Calcutta medical institutions reports 1871-78
Year: 1871
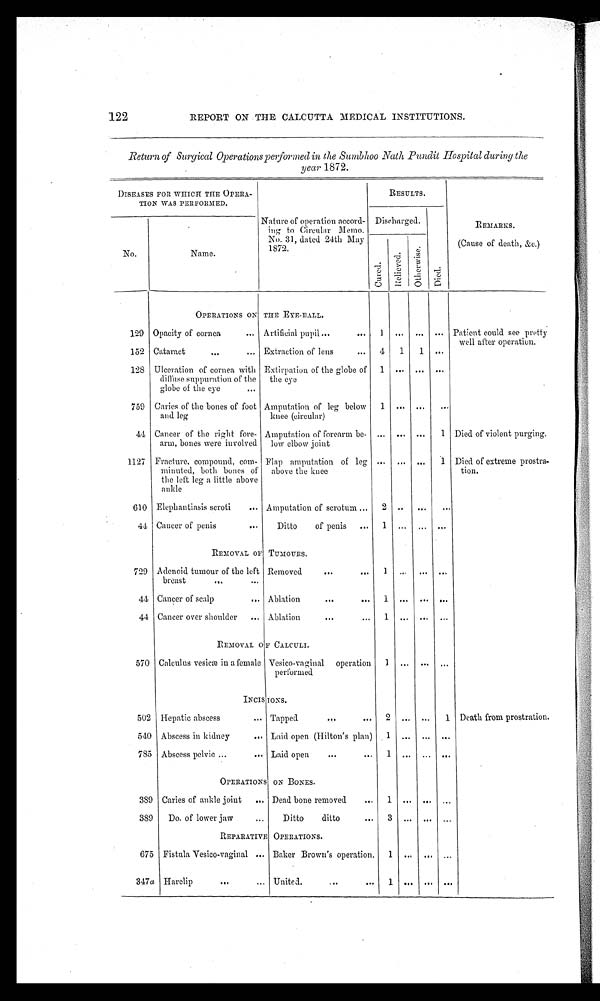
122 REPORT ON THE CALCUTTA MEDICAL INSTITUTIONS.
Return of Surgical Operations performed in the Sumbhoo Nath Pundit Hospital during the
year 1872.
DISEASES FOR WHICH THE OPERA-
TION WAS PERFORMED.
Nature of operation accord-
ing to Circular Memo.
No. 31, dated 24th May
1872.
RESULTS.
REMARKS.
(Cause of death, &c.)
No.
Name.
Discharged.
C u r e d .
Rel i eved.
O t h e r w i s e .
Di ed.
OPERATIONS ON THE EYE-BALL.
129 Opacity of cornea
Artificial pupil
1 ... ... ... Patient could see pretty
well after operation.
152 Cataract
Extraction of lens
4 1
1
. . .
128 Ulceration of cornea with
diffuse suppuration of the
globe of the eye
Extirpation of the globe of
the eye
1
. . . ... ...
759 Caries of the bones of foot
and leg
Amputation of leg below
knee (circular)
1 ... ...
. . .
44 Cancer of the right fore-
arm, bones were involved
Amputation of forearm be-
low elbow joint
... ... ...
1 Died of violent purging.
1127 Fracture, compound, com-
minuted, both bones of
the left leg a little above
ankle
Flap amputation of leg
above the knee
... ...
. . . 1 Died of extreme prostra-
tion.
610 Elephantiasis scroti
Amputation of scrotum
2
. . .
. . . ...
44 Cancer of penis
Ditto of penis
1 ... ... ...
REMOVAL OF TUMOURS.
729 Adenoid tumour of the left
breast
Removed
1
. . .
. . .
. . .
44 Cancer of scalp
Ablation
1
. . .
. . .
. . .
44 Cancer over shoulder
Ablation
1
. . .
. . .
. . .
REMOVAL OF CALCULI
570 Calculus vesicæ in a female Vesico-vaginal operation
performed
1 ...
. . . ...
INCISIONS.
502 Hepatic abscess
Tapped
2
. . . ...
1 Death from prostration.
540 Abscess in kidney
Laid open (Hilton's plan)
1
. . .
. . .
. . .
785 Abscess pelvic
Laid open
1
. . . ...
. . .
OPERATIONS ON BONES.
389 Caries of ankle joint
Dead bone removed
1
. . .
. . .
. . .
389
Do. of lower jaw
Ditto ditto
3
. . .
. . .
. . .
REPARATIVE OPERATIONS.
675 Fistula Vesico-vaginal
Baker Brown's operation.
1 ...
. . .
. . .
347a Harelip
United.
1
. . .
. . .
. . .